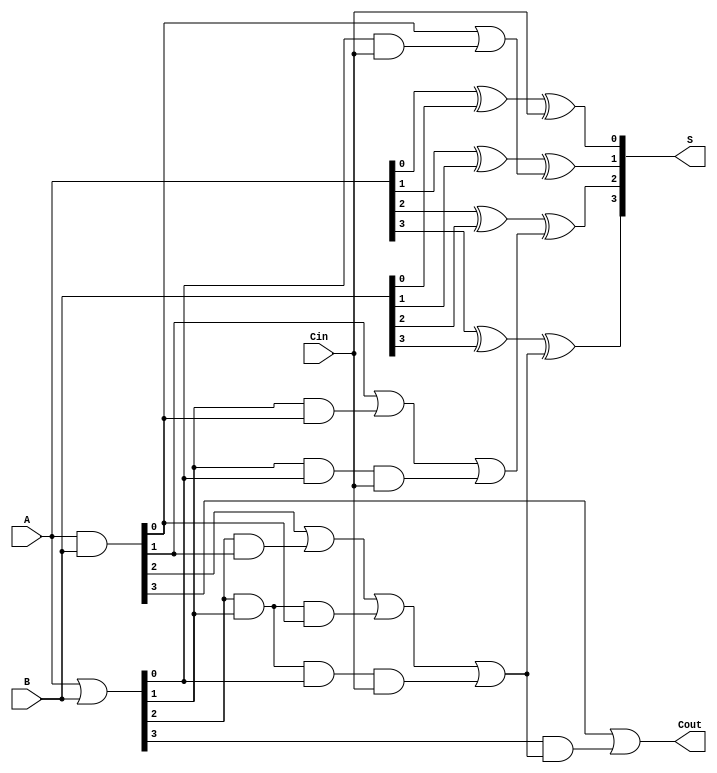
module CarryLookaheadAdder (
    input  [3:0] A,       // 4-bit input A
    input  [3:0] B,       // 4-bit input B
    input        Cin,      // Carry input
    output [3:0] S,       // 4-bit sum output
    output       Cout      // Carry output
);

// Generate (G) and Propagate (P) signals
wire [3:0] G; // Generate signals
wire [3:0] P; // Propagate signals

assign G = A & B;      // Gi = Ai & Bi
assign P = A | B;      // Pi = Ai | Bi

// Carry outputs
wire C1, C2, C3;

assign C1 = G[0] | (P[0] & Cin);                       // C1 = G0 + (P0 & Cin)
assign C2 = G[1] | (P[1] & G[0]) | (P[1] & P[0] & Cin); // C2 = G1 + (P1 & G0) + (P1 & P0 & Cin)
assign C3 = G[2] | (P[2] & G[1]) | (P[2] & P[1] & G[0]) | (P[2] & P[1] & P[0] & Cin); // C3 = G2 + (P2 & G1) + (P2 & P1 & G0) + (P2 & P1 & P0 & Cin)
assign Cout = G[3] | (P[3] & C3);                       // Cout = G3 + (P3 & C3)

// Sum outputs
assign S[0] = A[0] ^ B[0] ^ Cin; // S0 = A0 XOR B0 XOR Cin
assign S[1] = A[1] ^ B[1] ^ C1;  // S1 = A1 XOR B1 XOR C1
assign S[2] = A[2] ^ B[2] ^ C2;  // S2 = A2 XOR B2 XOR C2
assign S[3] = A[3] ^ B[3] ^ C3;  // S3 = A3 XOR B3 XOR C3

endmodule